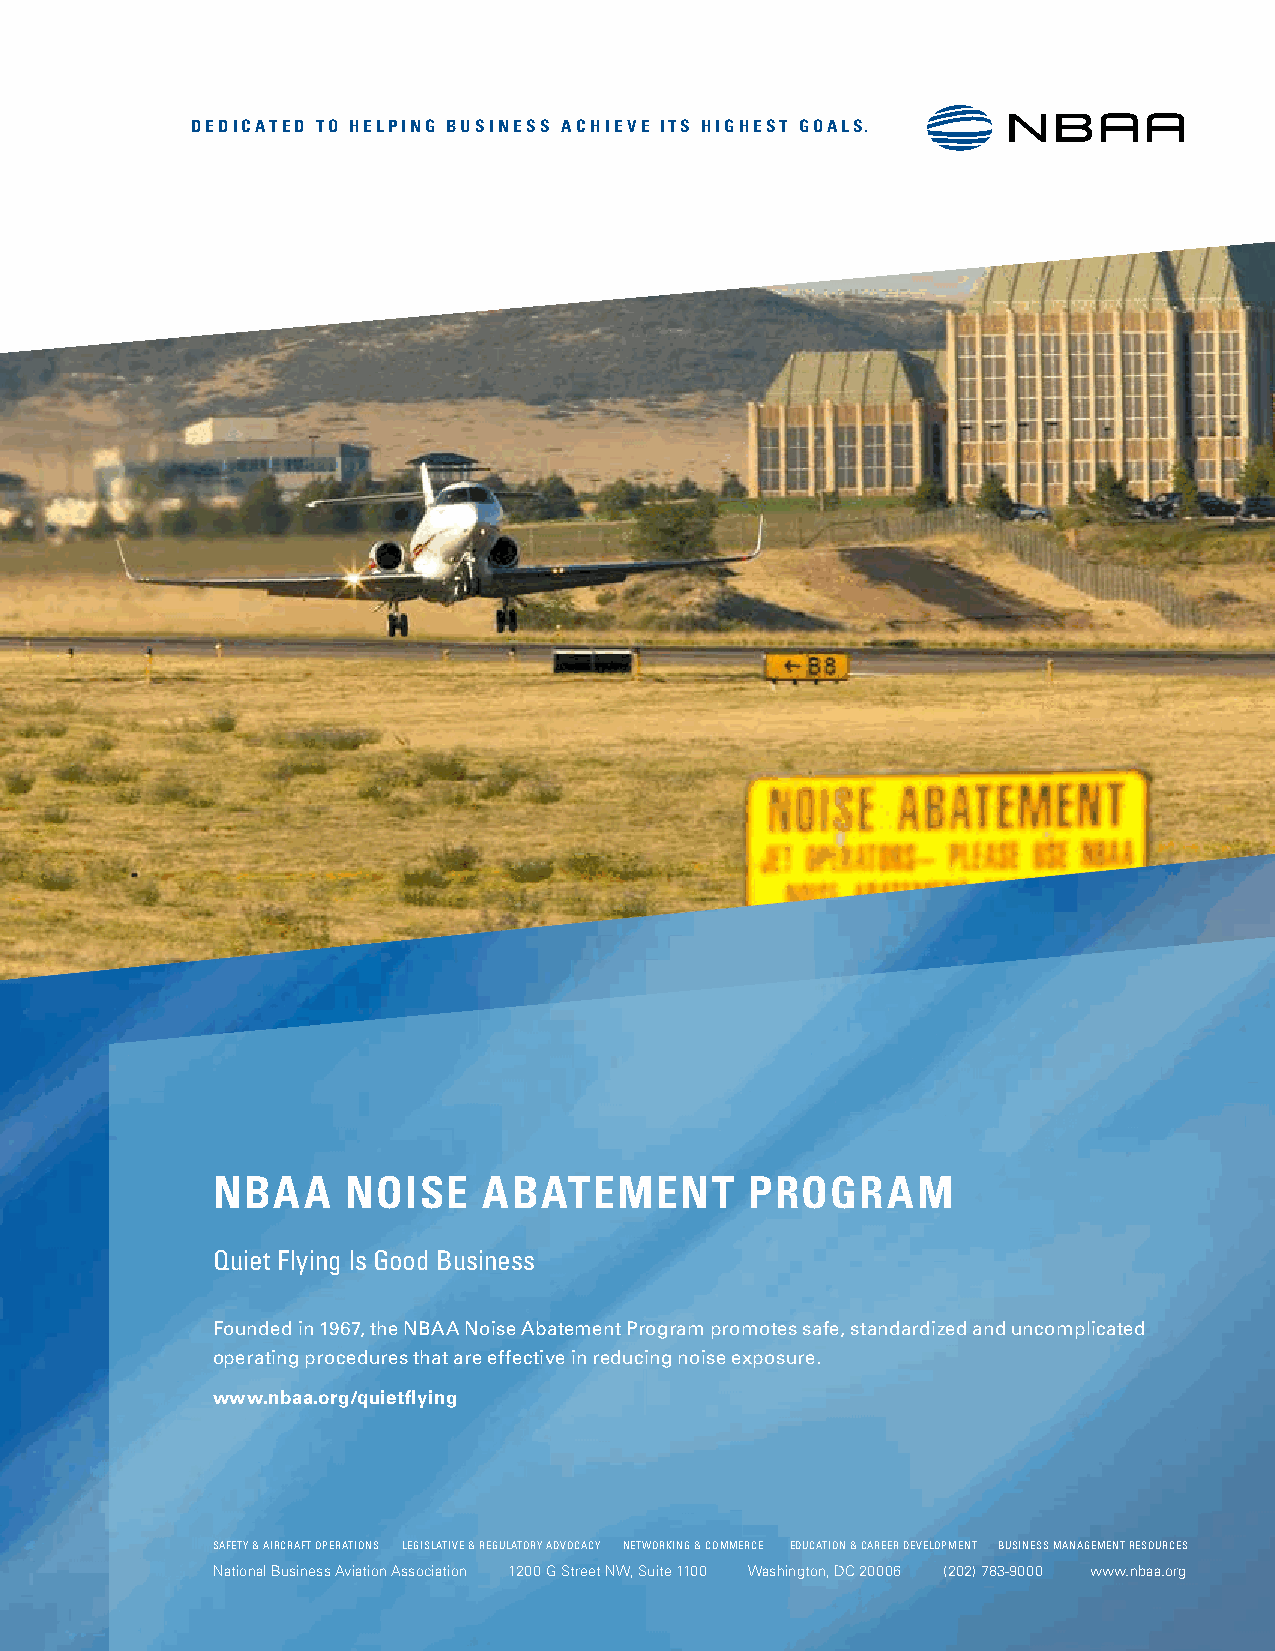
DEDICATED TO HELPING BUSINESS ACHIEVE ITS HIGHEST GOALS.
 NBAA     NOISE    ABATEMENT         PROGRAM
 Quiet Flying Is Good Business
 Founded in 1967, the NBAA Noise Abatement Program promotes safe, standardized and uncomplicated
 operating procedures that are effective in reducing noise exposure.
 www.nbaa.org/quietflying
 SAFETY & AIRCRAFT OPERATIONS LEGISLATIVE & REGULATORY ADVOCACY NETWORKING & COMMERCE EDUCATION & CAREER DEVELOPMENT BUSINESS MANAGEMENT RESOURCES
 National Business Aviation Association 1200 G Street NW, Suite 1100 Washington, DC 20006 (202) 783-9000 www.nbaa.org